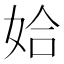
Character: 姶